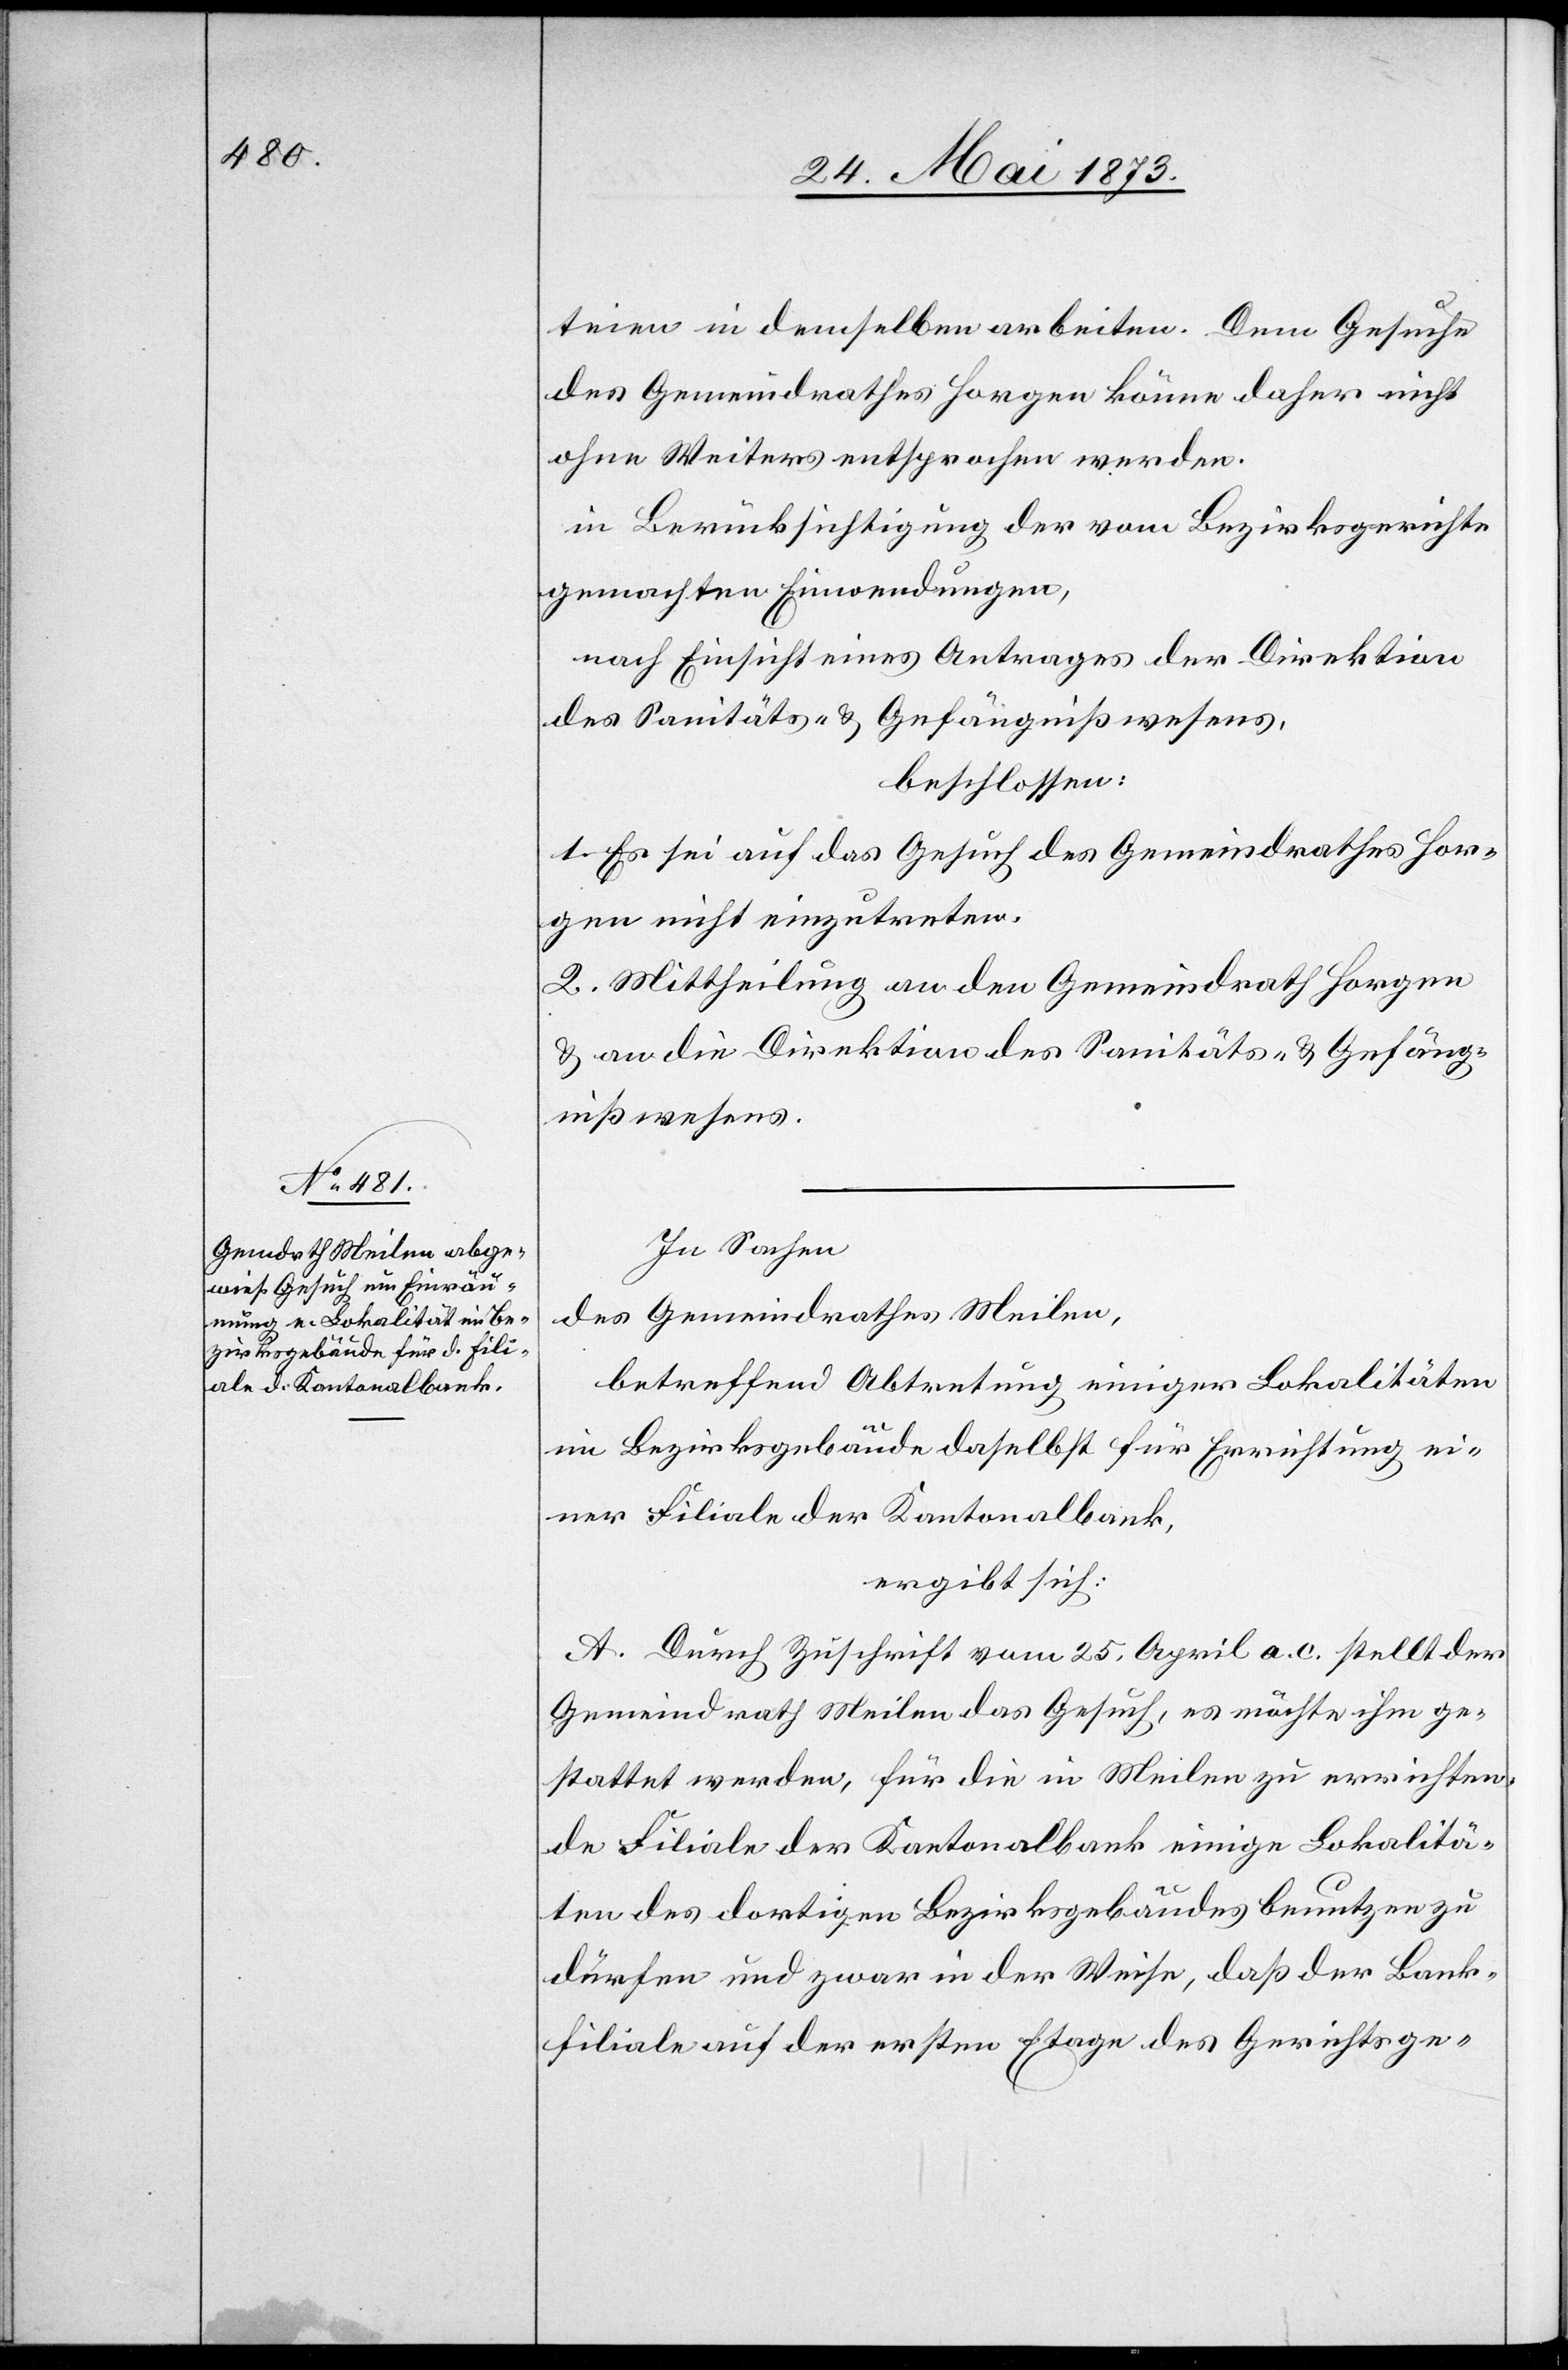
teien in demselben arbeiten. Dem Gesuche
des Gemeindrathes Horgen könne daher nicht
ohne Weiters entsprochen werden.
in Berücksichtigung der vom Bezirksgerichte
gemachten Einwendungen,
nach Einsicht eines Antrages der Direktion
des Sanitäts- & Gefängnißwesens,
beschlossen:
1. Es sei auf das Gesuch des Gemeindrathes Hor¬
gen nicht einzutreten.
2. Mittheilung an den Gemeindrath Horgen
& an die Direktion des Sanitäts- & Gefäng¬
nißwesens.
In Sachen
des Gemeindrathes Meilen,
betreffend Abtretung einiger Lokalitäten
im Bezirksgebäude daselbst für Errichtung ei¬
ner Filiale der Kantonalbank,
ergibt sich:
A. Durch Zuschrift vom 25. April a. c. stellt der
Gemeindrath Meilen das Gesuch, es möchte ihm ge¬
stattet werden, für die in Meilen zu errichten¬
de Filiale der Kantonalbank einige Lokalitä¬
ten des dortigen Bezirksgebäudes benutzen zu
dürfen und zwar in der Weise, daß der Bank¬
filiale auf der ersten Etage des Gerichtsge-